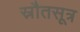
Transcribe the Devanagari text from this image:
स्रौतसूत्र